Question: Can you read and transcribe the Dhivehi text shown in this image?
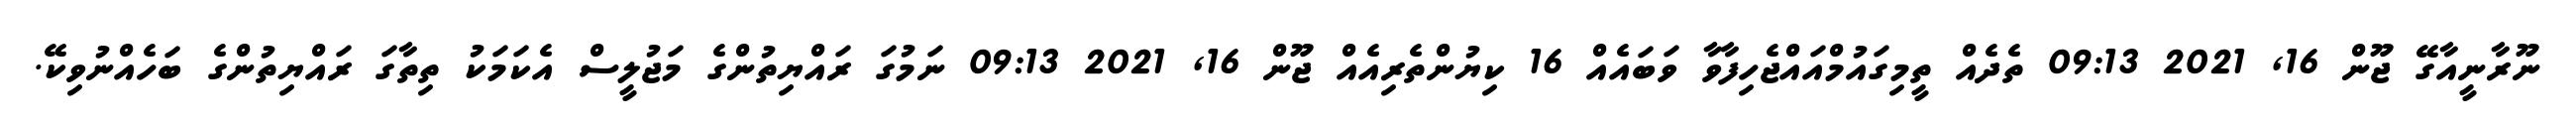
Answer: ނޫރާނީއާގޭ ޖޫން 16, 2021 09:13 ތެދެއް ތީމިގައުމްއައްޖެހިފާވާ ވަބައެއް 16 ކިޔުންތެރިއެއް ޖޫން 16, 2021 09:13 ނަމުގަ ރައްޔިތުންގެ މަޖުލީސް އެކަމަކު ތިތާގަ ރައްޔިތުންގެ ބަހެއްނުވިކޭ.